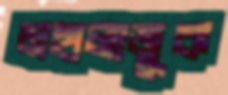
মহালাজুক